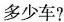
多少车?